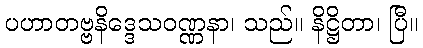
ပဟာတဗ္ဗနိဒ္ဒေသဝဏ္ဏနာ၊ သည်။ နိဋ္ဌိတာ၊ ပြီ။